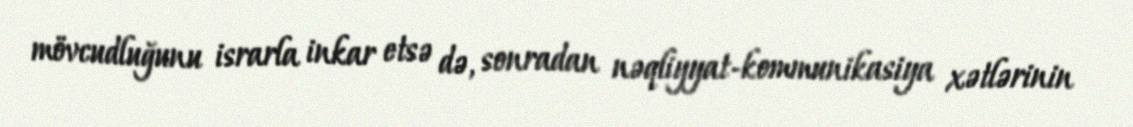
mövcudluğunu israrla inkar etsə də, sonradan nəqliyyat-kommunikasiya xətlərinin